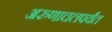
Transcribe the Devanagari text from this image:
अरुणाचलपर्यंत